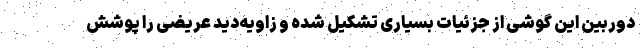
دوربین این گوشی از جزئیات بسیاری تشکیل شده و زاویه‌دید عریضی را پوشش